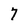
Character: 7